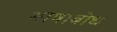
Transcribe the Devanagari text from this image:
भाषाबोध